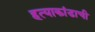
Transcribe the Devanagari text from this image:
हत्याकांडाची